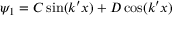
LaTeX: \psi _ { 1 } = C \sin ( k ^ { \prime } x ) + D \cos ( k ^ { \prime } x ) \quad